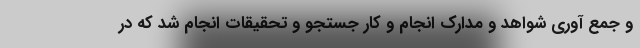
و جمع آوری شواهد و مدارک انجام و کار جستجو و تحقیقات انجام شد که در